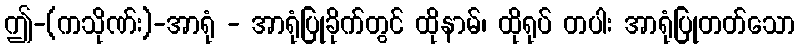
ဤ-(ကသိုဏ်း)-အာရုံ - အာရုံပြုခိုက်တွင် ထိုနာမ်၊ ထိုရုပ် တပါး အာရုံပြုတတ်သော